Mediterranean fever in India - Number 22
Disease focus: Fever
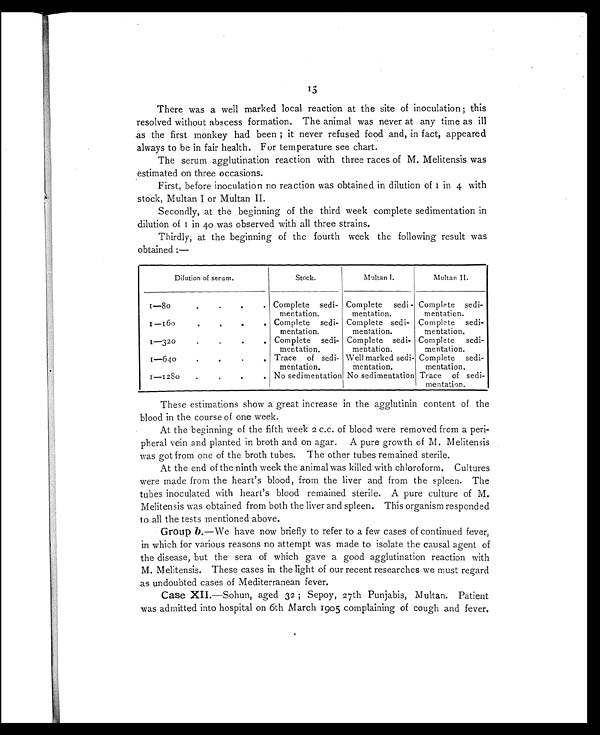
15
There was a well marked local reaction at the site of inoculation ; this
resolved without abscess formation. The animal was never at any time as ill
as the first monkey had been ; it never refused food and, in fact, appeared
always to be in fair health. For temperature see chart.
The serum agglutination reaction with three races of M. Melitensis was
estimated on three occasions.
First, before inoculation no reaction was obtained in dilution of I in 4 with
stock, Multan I or Multan II.
Secondly, at the beginning of the third week complete sedimentation in
dilution of 1 in 40 was observed with all three strains.
Thirdly, at the beginning of the fourth week the following result was
obtained:—
Dilution of serum.
Stock.
Multan I.
Multan II.
1 - 8 0
.
.
.
.
Complete sedi-
mentation.
Complete sedi-
mentation.
Complete sedi-
mentation.
1-160
. . .
Complete sedi-
mentation.
Complete sedi-
mentation.
Complete sedi-
mentation.
1-320
. . . .
Complete sedi-
mentation.
Complete sedi-
mentation.
Complete sedi-
mentation.
1—640
. . . . Trace of sedi-
mentation.
Well marked sedi-
mentation.
Complete sedi-
mentation.
1—1280
.
.
.
.
No sedimentation No sedimentation Trace of sedi-
mentation.
These estimations show a great increase in the agglutinin content of the
blood in the course of one week.
At the beginning of the fifth week 2 c.c. of blood were removed from a peri-
pheral vein and planted in broth and on agar. A pure growth of M. Melitensis
was got from one of the broth tubes. The other tubes remained sterile.
At the end of the ninth week the animal was killed with chloroform. Cultures
were made from the heart's blood, from the liver and from the spleen. The
tubes inoculated with heart's blood remained sterile. A pure culture of M.
Melitensis was obtained from both the liver and spleen. This organism responded
to all the tests mentioned above.
Group b.—We have now briefly to refer to a few cases of continued fever,
in which for various reasons no attempt was made to isolate the causal agent of
the disease, but the sera of which gave a good agglutination reaction with
M. Melitensis. These cases in the light of our recent researches we must regard
as undoubted cases of Mediterranean fever.
Case XII .—Sohun, aged 32 ; Sepoy, 27th Punjabis, Multan. Patient
was admitted into hospital on 6th March 1905 complaining of cough and fever.